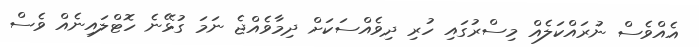
އެއްވެސް ނުރައްކަލެއް މިސްރުގައި ހުރި ދިވެއްސަކަށް ދިމާވެއްޖެ ނަމަ ގުޅޭނެ ހޮޓްލައިނެއް ވެސް